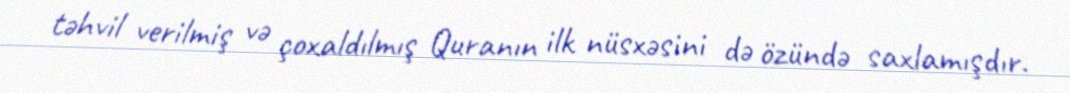
təhvil verilmiş və çoxaldılmış Quranın ilk nüsxəsini də özündə saxlamışdır.